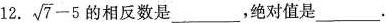
12. $$\sqrt{7}-5$$ 的相反数是____，绝对值是____。